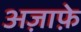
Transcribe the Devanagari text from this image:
अज़ाफ़े